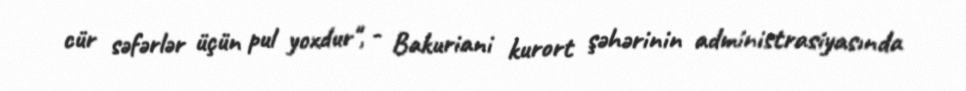
cür səfərlər üçün pul yoxdur", - Bakuriani kurort şəhərinin administrasiyasında